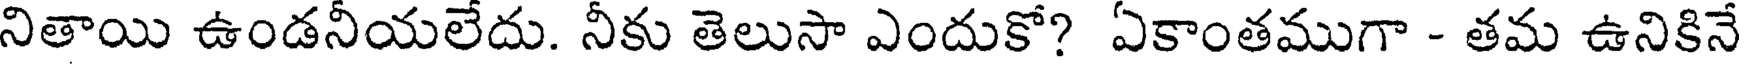
నితాయి ఉండనీయలేదు. నీకు తెలుసా ఎందుకో? ఏకాంతముగా - తమ ఉనికినే